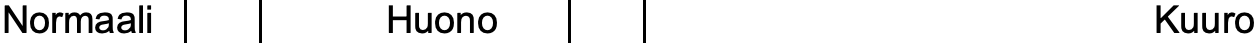
Normaali     Huono                    Kuuro